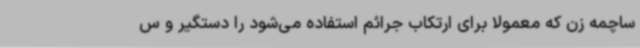
ساچمه زن که معمولا برای ارتکاب جرائم استفاده می‌شود را دستگیر و س